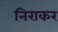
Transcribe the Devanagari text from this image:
निराकर